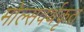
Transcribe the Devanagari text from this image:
मोल्सवर्थकृत